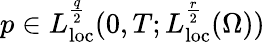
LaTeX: p\in L_{\mathrm{loc}}^{\frac{q}{2}}(0,T;L_{\mathrm{loc}}^{\frac{r}{2}}(\Omega))